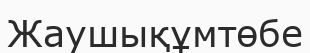
Жаушықұмтөбе